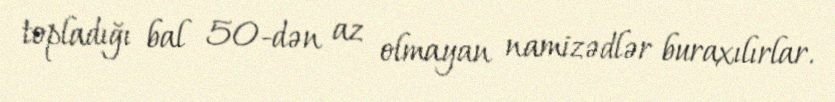
topladığı bal 50-dən az olmayan namizədlər buraxılırlar.